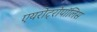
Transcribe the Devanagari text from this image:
एयरोट्रोपॉलिस